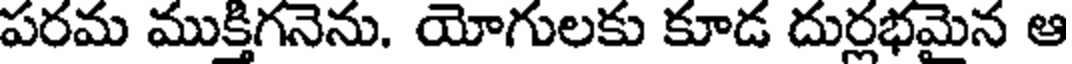
పరమ ముక్తిగనెను. యోగులకు కూడ దుర్లభమైన ఆ